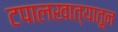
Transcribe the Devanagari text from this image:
टपालखात्यातून